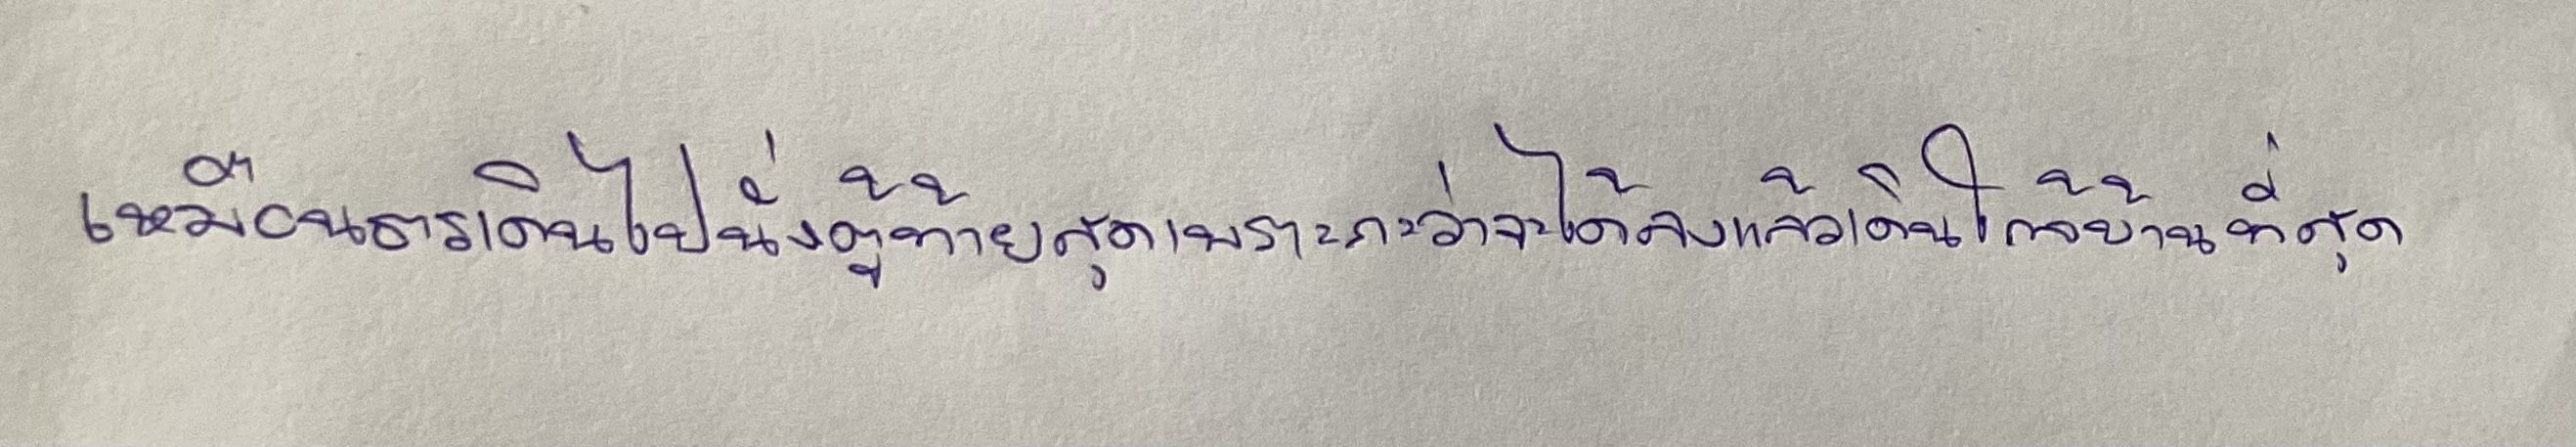
เหมือนธารเดินไปนั่งตู้ท้ายสุดเพราะกะว่าจะได้ลงแล้วเดินใกล้บ้านที่สุด